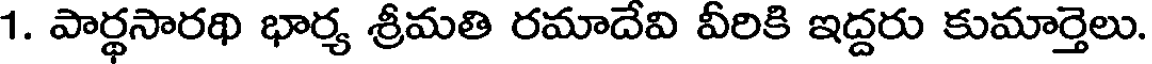
1. పార్థసారథి భార్య శ్రీమతి రమాదేవి వీరికి ఇద్దరు కుమార్తెలు